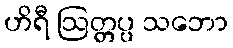
ဟိရီ ဩတ္တပ္ပ သဘော